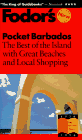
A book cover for Pocket Barbados: The Best of the Island with Great Beaches and Local Shopping (2nd ed); Fodor's; Travel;